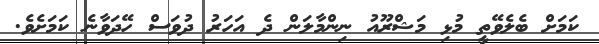
ކަމަށް ބެލެވޭތީ މުޅި މަޝްރޫއު ނިންމާލަން ދެ އަހަރު ދުވަސް ހޭދަވާނެ ކަމަށެވެ.